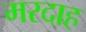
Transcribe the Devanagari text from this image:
मरदाह